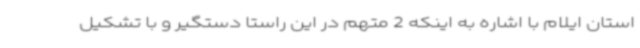
استان ایلام با اشاره به اینکه 2 متهم در این راستا دستگیر و با تشکیل